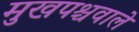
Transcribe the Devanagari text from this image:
मुखपश्चवाले